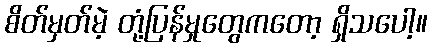
စိတ်မှတ်မဲ့ တုံ့ပြန်မှုတွေကတော့ ရှိသပေါ့။